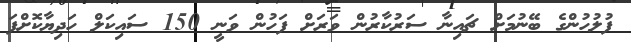
ފުލުހުންގެ ބޭނުމަށް ޗައިނާ ސަރުކާރުން ވަރަށް ފަހުން ވަނީ 150 ސައިކަލް ހަދިޔާކޮށްފަ